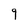
Character: 9